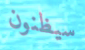
سيظنون